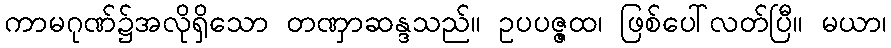
ကာမဂုဏ်၌အလိုရှိသော တဏှာဆန္ဒသည်။ ဥပပဇ္ဇထ၊ ဖြစ်ပေါ်လတ်ပြီ။ မယာ၊